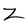
Character: z